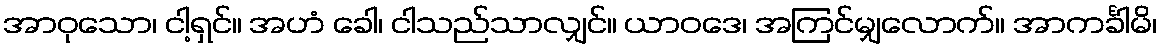
အာဝုသော၊ ငါ့ရှင်။ အဟံ ခေါ၊ ငါသည်သာလျှင်။ ယာဝဒေ၊ အကြင်မျှလောက်။ အာကင်္ခါမိ၊